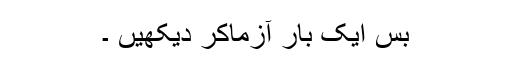
بس ایک بار آزماکر دیکھیں ۔